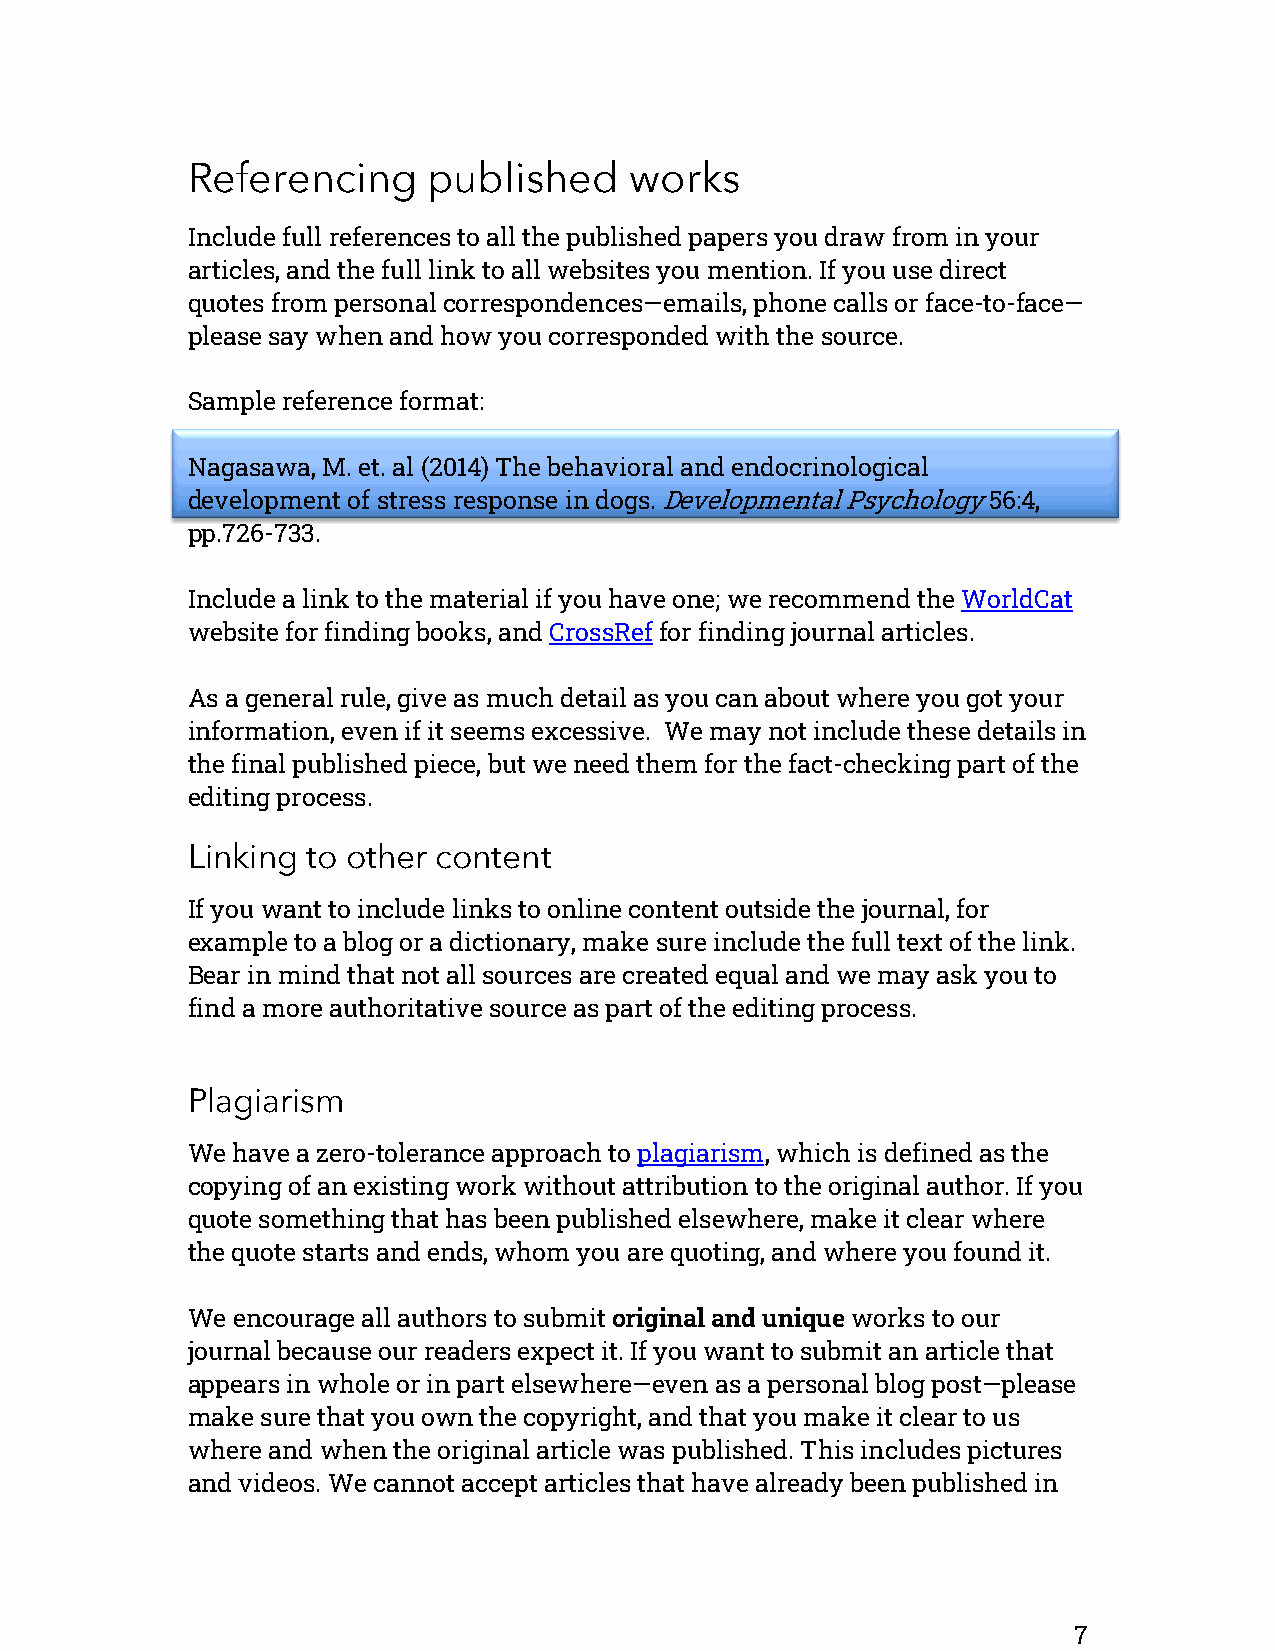
Referencing     published     works
 Include full references to all the published papers you draw from in your
 articles, and the full link to all websites you mention. If you use direct
 quotes from personal correspondences—emails, phone calls or face-to-face—
 please say when and how you corresponded with the source.
 Sample reference format:
 Nagasawa, M. et. al (2014) The behavioral and endocrinological
 development of stress response in dogs. Developmental Psychology 56:4,
 pp.726-733.
 Include a link to the material if you have one; we recommend the WorldCat
 website for finding books, and CrossRef for finding journal articles.
 As a general rule, give as much detail as you can about where you got your
 information, even if it seems excessive. We may not include these details in
 the final published piece, but we need them for the fact-checking part of the
 editing process.
 Linking to other content
 If you want to include links to online content outside the journal, for
 example to a blog or a dictionary, make sure include the full text of the link.
 Bear in mind that not all sources are created equal and we may ask you to
 find a more authoritative source as part of the editing process.
 Plagiarism
 We have a zero-tolerance approach to plagiarism, which is defined as the
 copying of an existing work without attribution to the original author. If you
 quote something that has been published elsewhere, make it clear where
 the quote starts and ends, whom you are quoting, and where you found it.
 We encourage all authors to submit original and unique works to our
 journal because our readers expect it. If you want to submit an article that
 appears in whole or in part elsewhere—even as a personal blog post—please
 make sure that you own the copyright, and that you make it clear to us
 where and when the original article was published. This includes pictures
 and videos. We cannot accept articles that have already been published in
 7